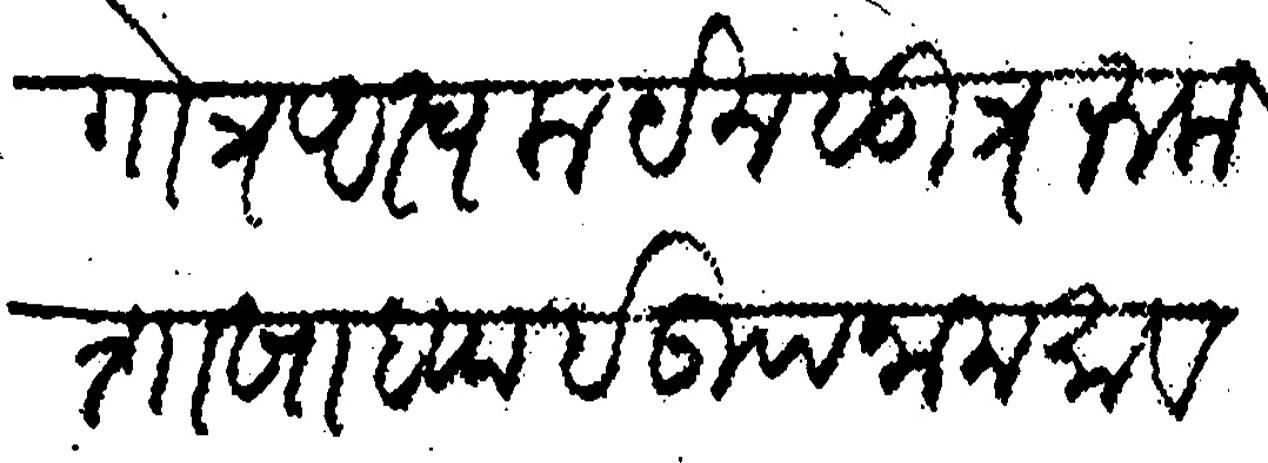
Transliteration (Devanagari): गोत्र अस्वकयन सुत्र रुकशारश्राध्याई उपनामं सावगाऊकर